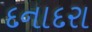
દનાદરા